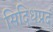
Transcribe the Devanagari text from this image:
सिद्धिप्रदं